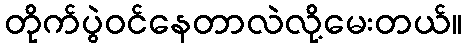
တိုက်ပွဲဝင်နေတာလဲလို့မေးတယ်။